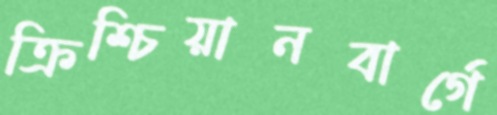
ক্রিশ্চিয়ানবার্গে